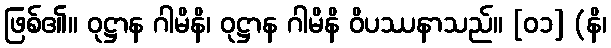
ဖြစ်၏။ ဝုဋ္ဌာန ဂါမိနိ၊ ဝုဋ္ဌာန ဂါမိနိ ဝိပဿနာသည်။ [၀၁] (နိ၊